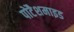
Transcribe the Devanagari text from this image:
पोटैशमाइड